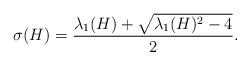
LaTeX: \begin{align*}\sigma(H) = \frac{\lambda_1(H) + \sqrt{\lambda_1(H)^2 -4}}{2}.\end{align*}